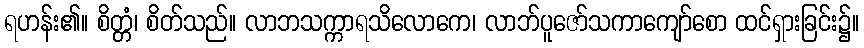
ရဟန်း၏။ စိတ္တံ၊ စိတ်သည်။ လာဘသက္ကာရသိလောကေ၊ လာဘ်ပူဇော်သကာကျော်စော ထင်ရှားခြင်း၌။